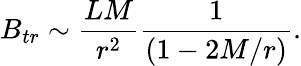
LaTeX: B_{tr}\sim\frac{LM}{r^{2}}\frac{1}{(1-2M/r)}.